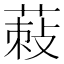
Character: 𦵪